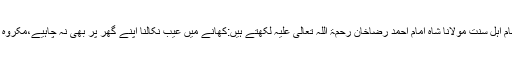
٭اعلیٰ حضرت،امامِ اہلِ سُنّت مولانا شاہ امام احمد رضاخان رَحْمَۃُ اللّٰہ ِتَعَالٰی عَلَیْہ لکھتے ہیں:کھانے میں عیب نکالنا اپنے گھر پر بھی نہ چاہيے،مکروہ وخلافِ سنت ہے۔